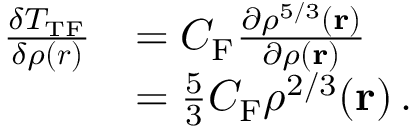
{ \begin{array} { r l } { { \frac { \delta T _ { \mathrm { T F } } } { \delta \rho ( { \boldsymbol { r } } ) } } } & { = C _ { \mathrm { F } } { \frac { \partial \rho ^ { 5 / 3 } ( \mathbf { r } ) } { \partial \rho ( \mathbf { r } ) } } } \\ & { = { \frac { 5 } { 3 } } C _ { \mathrm { F } } \rho ^ { 2 / 3 } ( \mathbf { r } ) \, . } \end{array} }